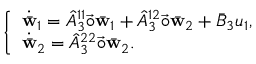
\left\{ \begin{array} { l } { \dot { \bar { \mathbf { w } } } _ { 1 } = \hat { A } _ { 3 } ^ { 1 1 } \vec { \circ } \bar { \mathbf { w } } _ { 1 } + \hat { A } _ { 3 } ^ { 1 2 } \vec { \circ } \bar { \mathbf { w } } _ { 2 } + \bar { B } _ { 3 } u _ { 1 } , } \\ { \dot { \bar { \mathbf { w } } } _ { 2 } = \hat { A } _ { 3 } ^ { 2 2 } \vec { \circ } \bar { \mathbf { w } } _ { 2 } . } \end{array} \right.